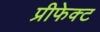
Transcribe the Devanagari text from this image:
प्रीफेक्ट